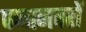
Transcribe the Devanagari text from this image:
पजानवरों